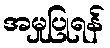
အမှုပြုရန်